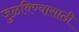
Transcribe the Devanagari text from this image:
जुळविण्यासाठी